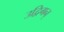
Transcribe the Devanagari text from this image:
उद्विगन्